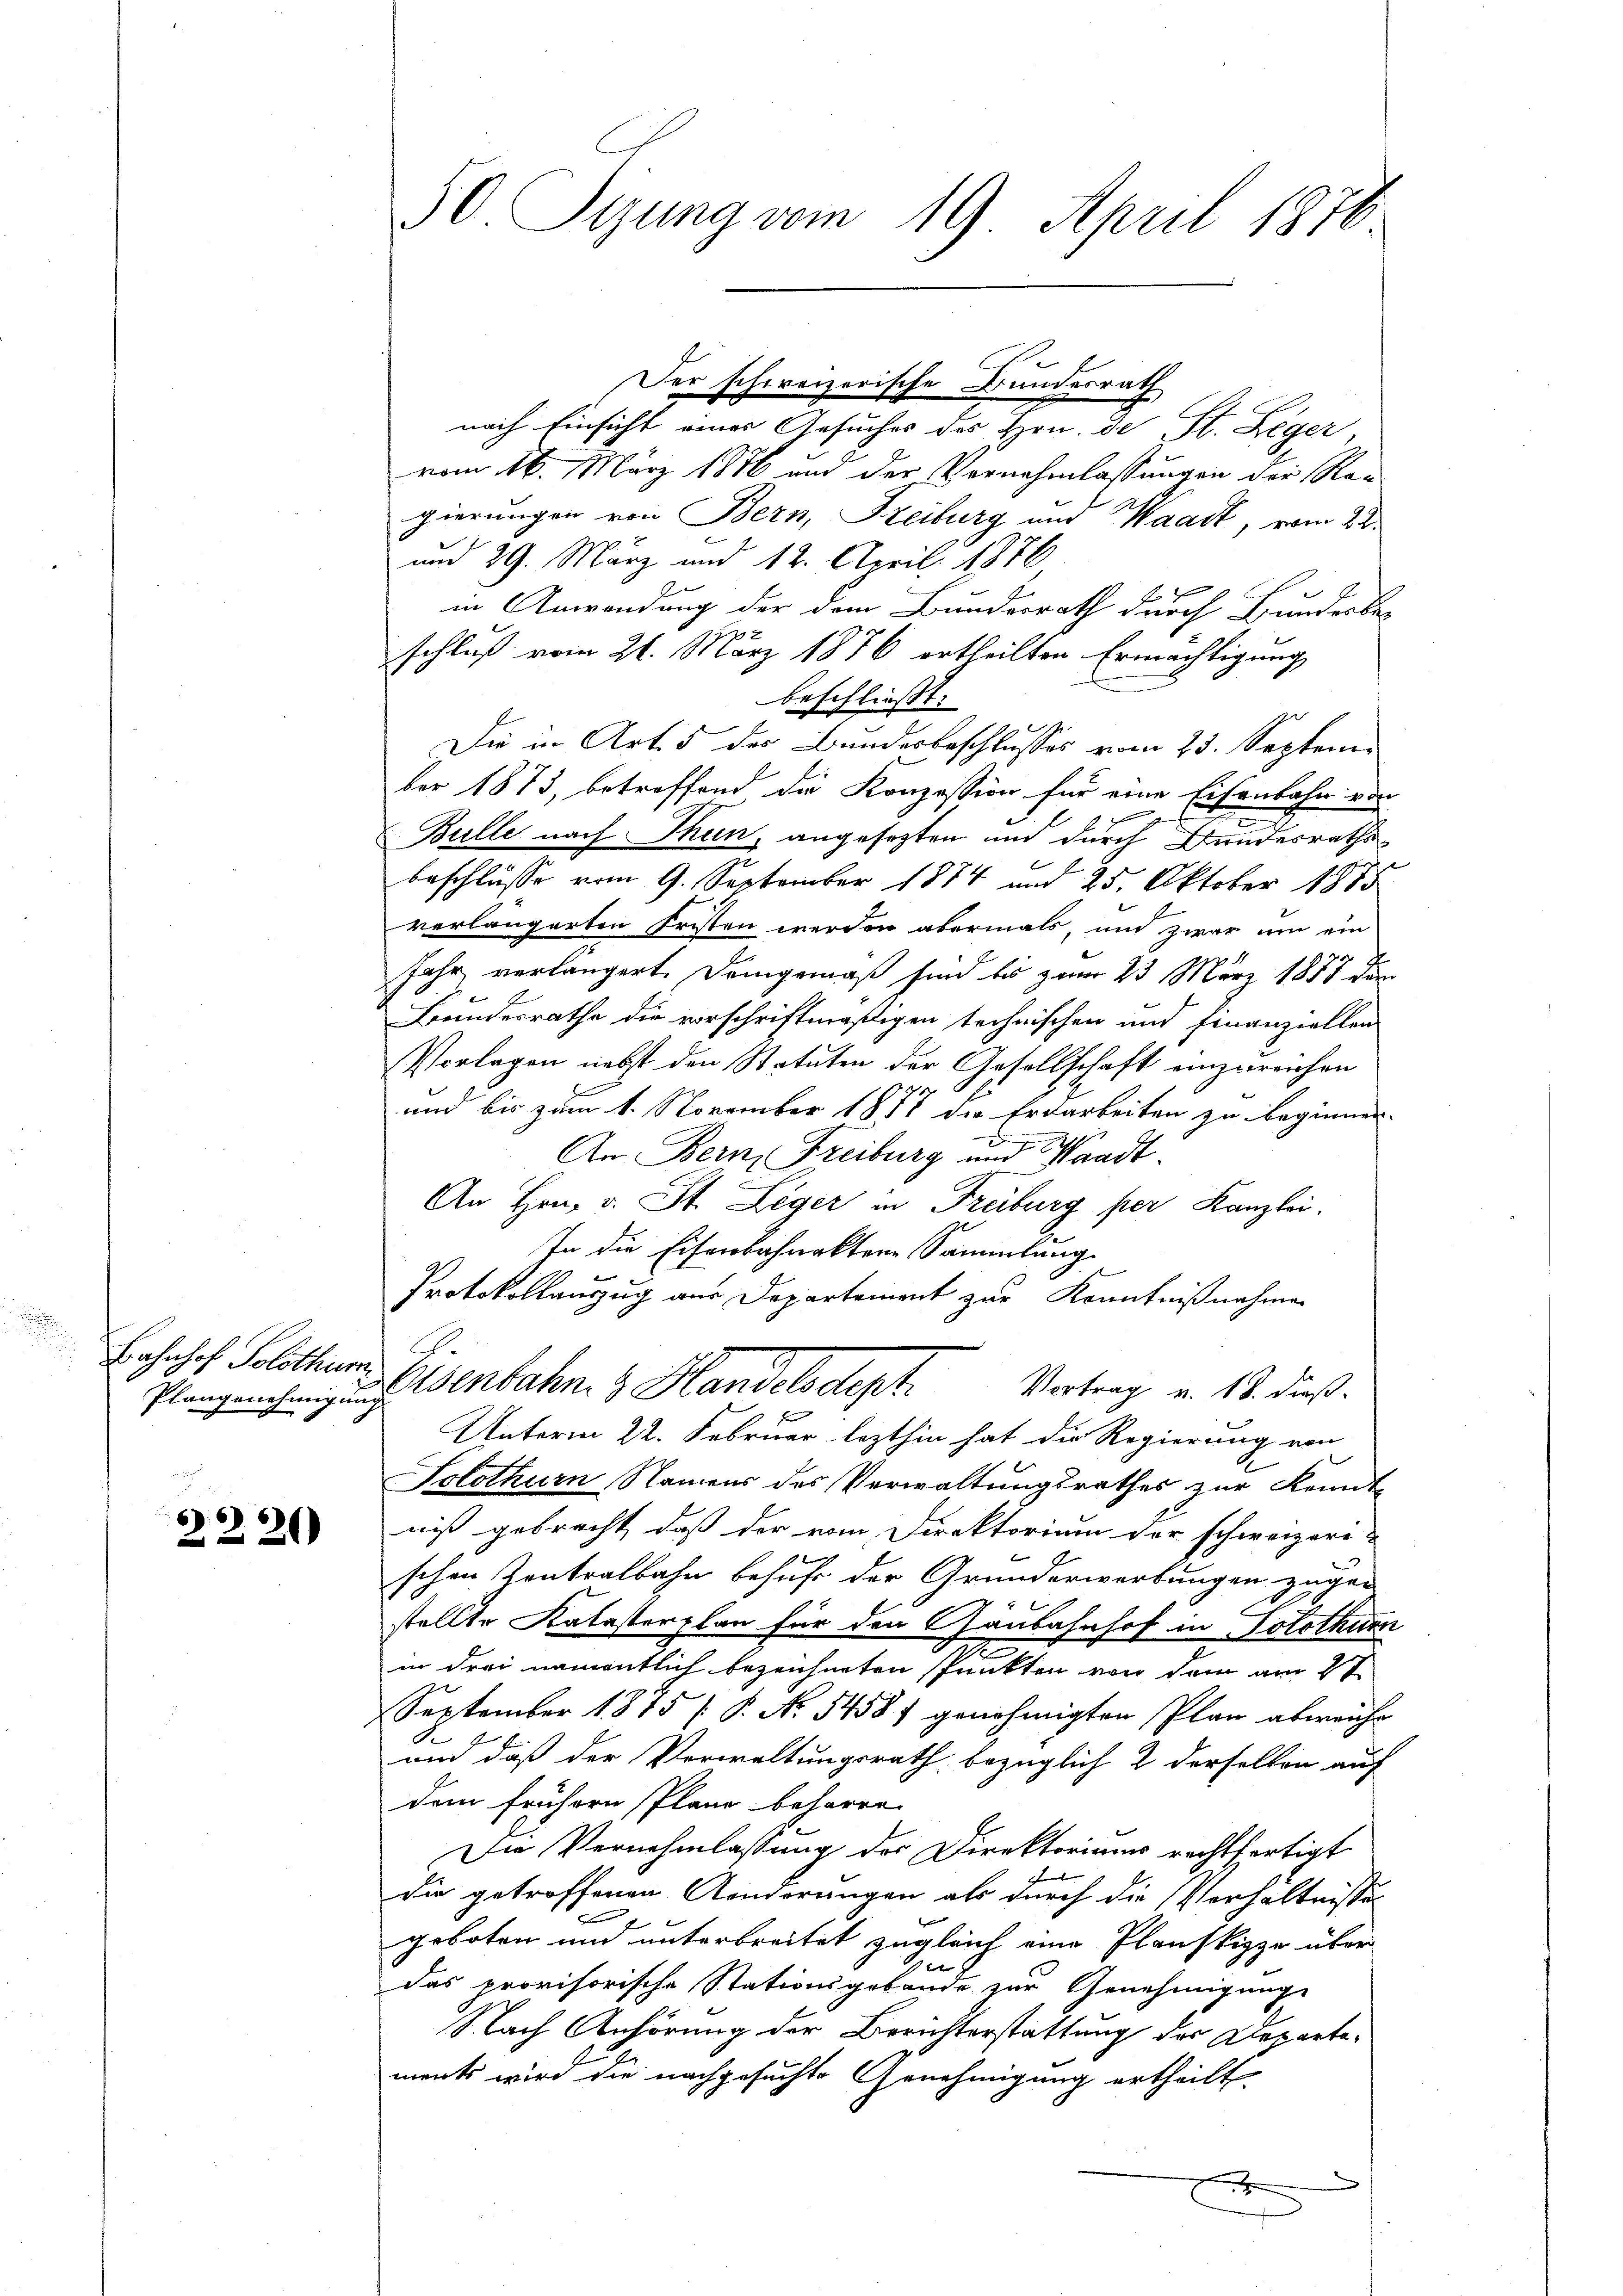
Bahnhof Solothur
Plangenehmigun

2220

50. Sizung vom 19. April 1870

Der schweizerische Bundesrath

nach Einsicht eines Gesuches des Hrn. de St. Leger
vom 16. März 1886 und der Vornehmlassungen der Ra-
gierungen von Bern, Freiburg und Waadt, vom 22.
und 29. März und 12. April 1876
in Anwendung der dem Bundesrath durch Bundesbe-
schluß vom 21. März 1876 ertheilten Ermächtigung
beschließt:
Die in Art. 5 des Bundesbeschlusses vom 23. September 1873, betreffend die Konzession für eine Eisenbahn von
Bulle nach Thun, angesezten und durch Bundesrathsbeschlüsse vom 9. September 1874 und 25. Oktober 1885
verlängerten Fristen werden abermals, und zwar um ein
Jahr verlängert. Demgemäß sind bis zum 23 März 1887 dann
Bundesrathe die vorschriftmäßigen technischen und finanziellen
Vorlagen nebst den Statuten der Gesellschaft einzureichen
e
und bis zum 1. November 1878 die Erdarbeiten zu beginnen.
.
An Bern, Freiburg und Waadt.
An Hrn. v. St. Leger in Freiburg per Kanzlei.
In die Eiferbahnaktere Sammlung
Protokollanzug aus Departement zur Kenntnißnahmen
A
Osenbahn- & Handelsdept. Vortrag v. 13. dieß.
F
Unterm 22. Februar lezthin hat die Regierung von
Solothurn, Namens des Verwaltungsrathes zur Kennt-
niß gebracht, daß der vom Direktorium der schweizeri
schen Zentralbahn behufs der Grunderwerbungen zugen
C
stellte Katasterplan für den Gaubahnhof in Solothurn
in drei namentlich bezeichneten spunkten von dem am 2ten
September 1875 P. No. 5458) genehmigten Plan abweiche
und daß der Verwaltungsrath bezüglich 2 derselben auf
dem frühern Plane beharre.
Die Vernehmlassung der Direktoriums rechtfertigt
die getroffenen Anderungen als durch die Verhältnisses
geboten und unterbreitet zugleich eine Planskizze über
das provisorische Stationsgebäude zur Genehmigunge
Nach Anhörung der Berichterstattung der Departemerts wird die nachgesuchte Genehmigung ertheilt.
f